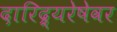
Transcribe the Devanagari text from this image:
दारिद्र्‍यरेषेवर